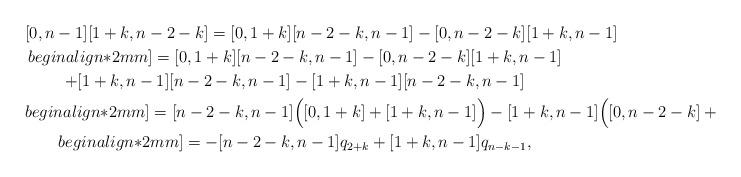
LaTeX: \begin{gather*}[0,n-1][1+k,n-2-k] = [0,1+k][n-2-k,n-1] - [0,n-2-k][1+k,n-1]\\begin{align*}2mm]= [0,1+k][n-2-k,n-1] - [0,n-2-k][1+k,n-1] \\+ [1+k,n-1][n-2-k,n-1] - [1+k,n-1][n-2-k,n-1]\\begin{align*}2mm]= [n-2-k,n-1] \Big([0,1+k] + [1+k,n-1] \Big) - [1+k,n-1] \Big( [0,n-2-k] + [n-2-k,n-1] \Big) \\begin{align*}2mm]= -[n-2-k,n-1] q_{2+k} + [1+k,n-1] q_{n-k-1},\end{gather*}